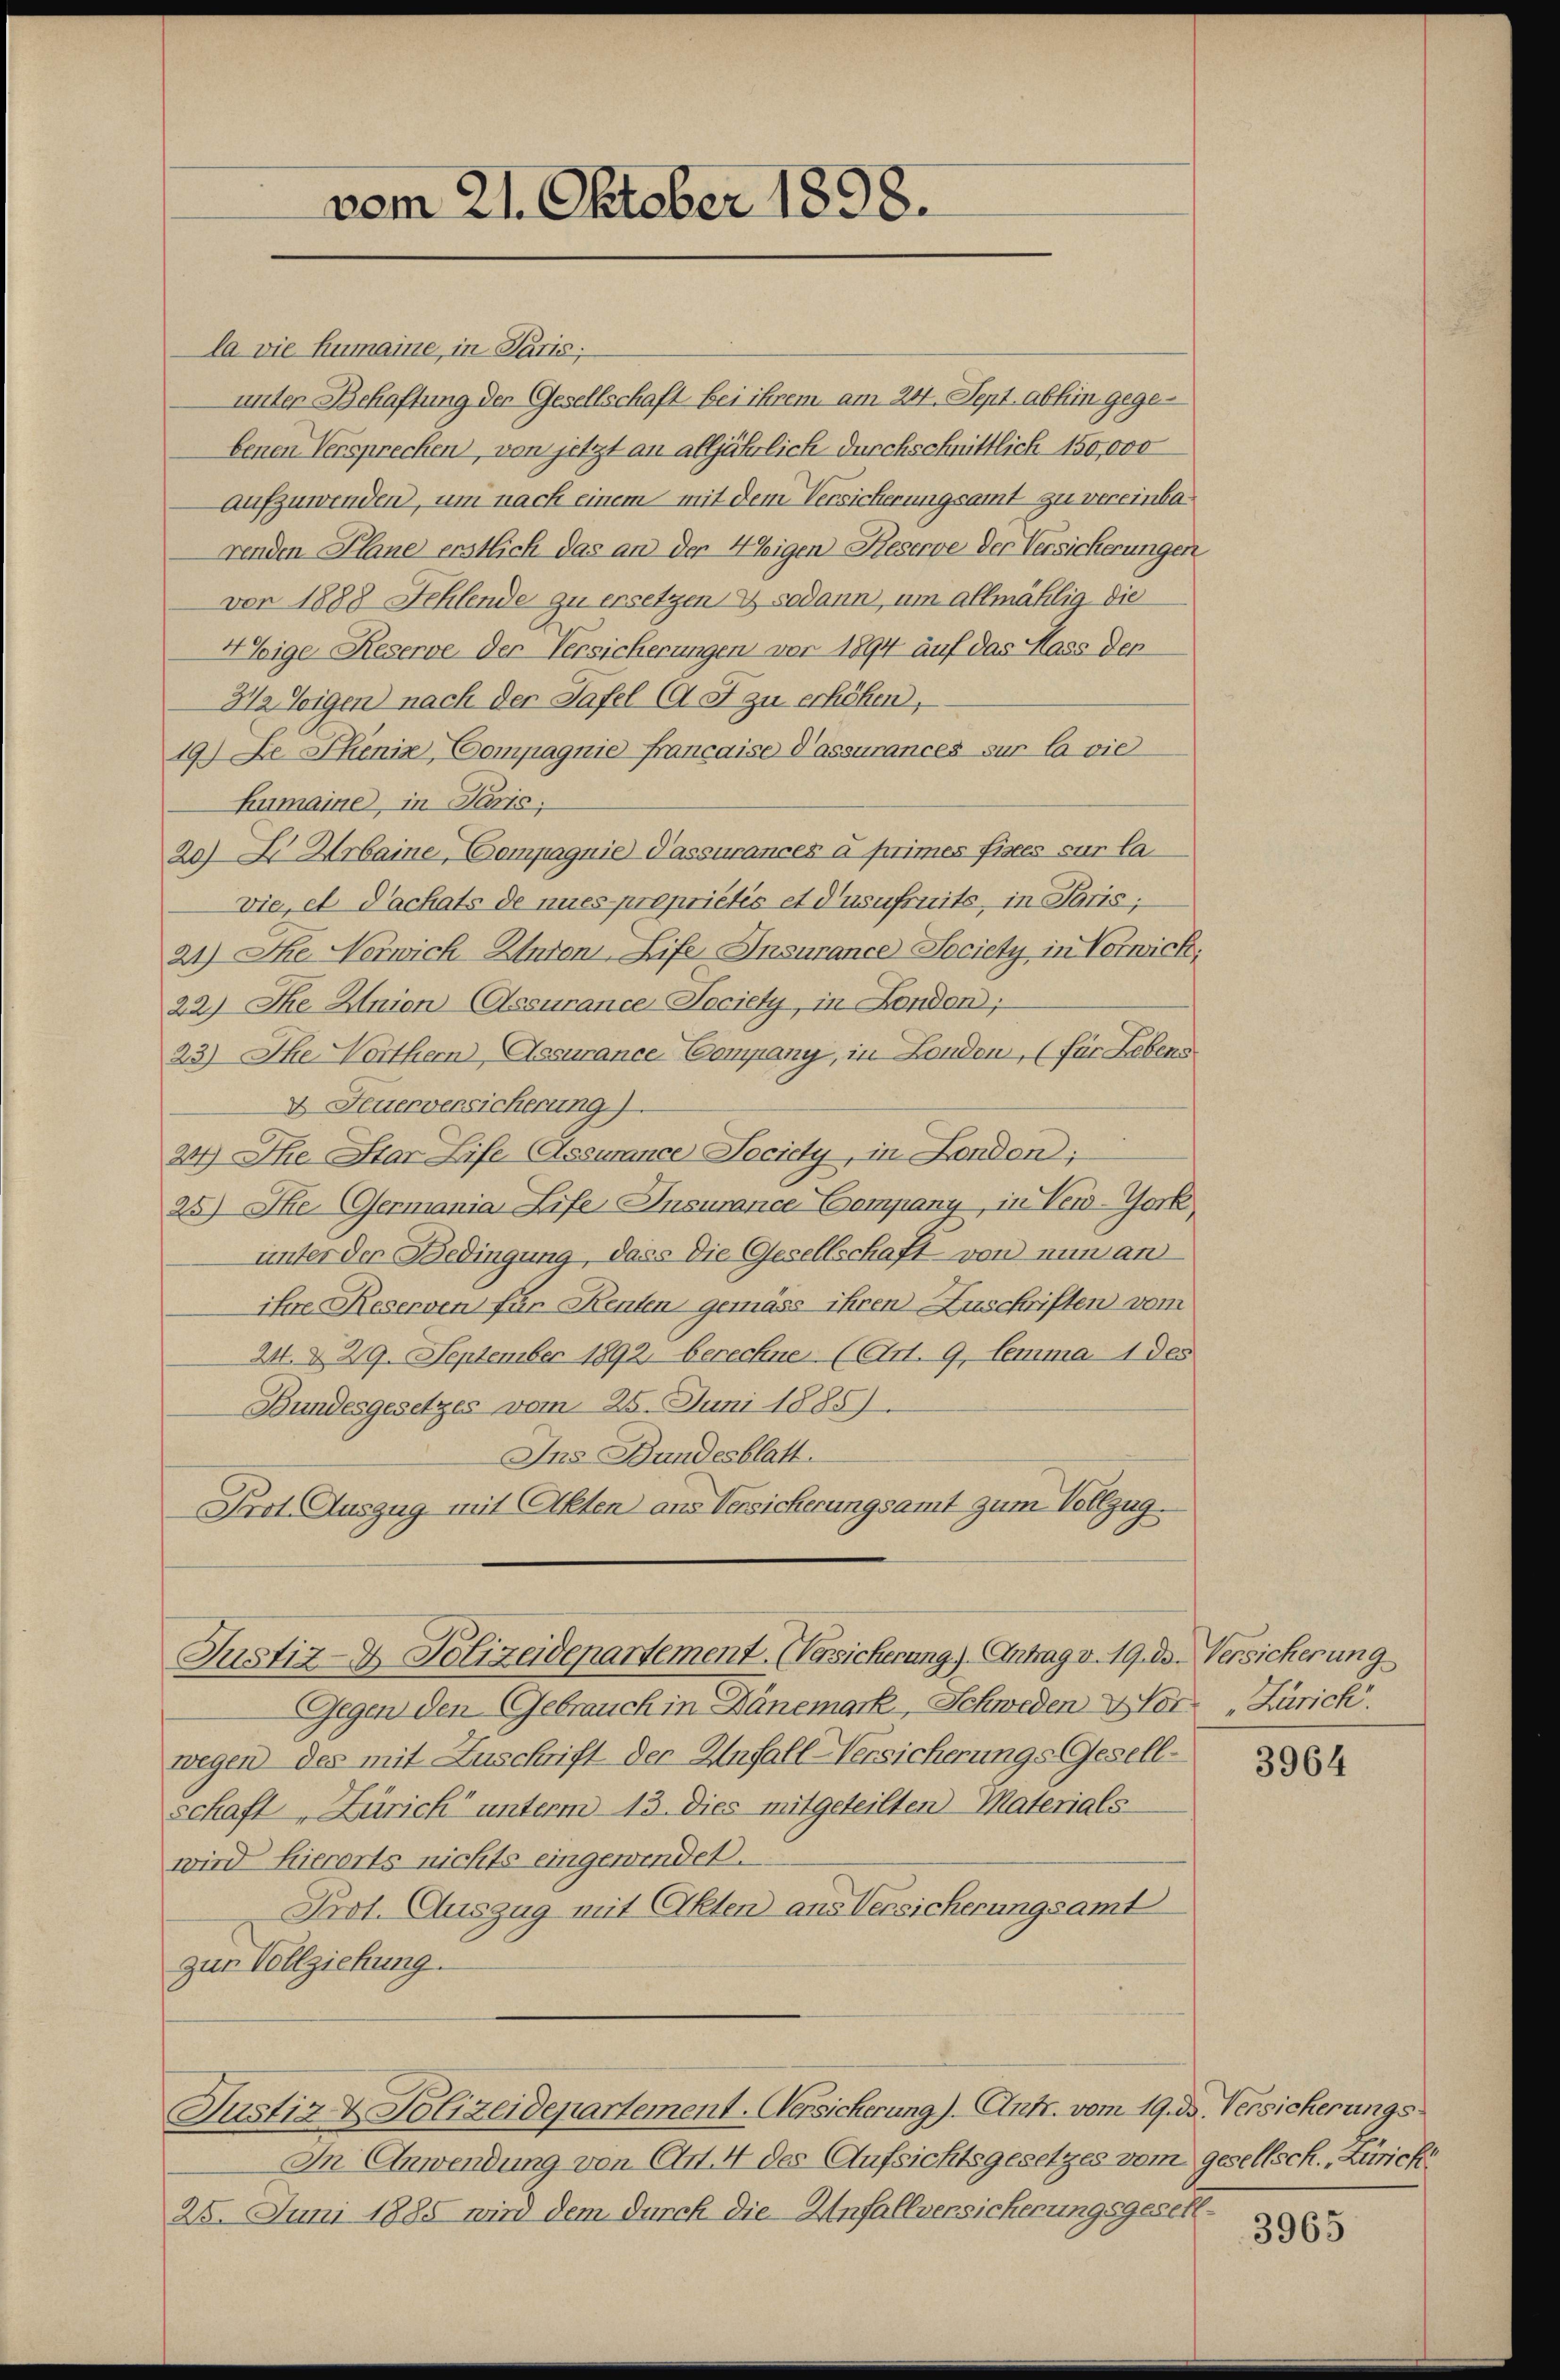
vom 21. Oktober 1898.

la die Humaine, in Paris;
unter Behaftung der Gesellschaft bei ihrem am 24. Sept. abhin gegebenen Versprechen, von jetzt an alljährlich durchschnittlich 150,000
Aufzuwenden, um nach einem mit dem Versicherungsamt zu vereinba-
renden Plane erstlich das an der Weigen Kieserve der Versicherungen
von 1888 Fehlende zu ersetzen & sodann, um allmählig die
Weige Reserve der Versicherungen vor 1894 auf das Hass den
82 Toigen nach der Tafel (A. F. zu erhöhen,
19.) Le Ihenia, Compagnie française d’assurances sur la viel
Lumaine, in Paris;
20) S. Urbaine, Compagnie Passurancer à primes fisces sur la-
vie, et Dachats de nues propriétés et d’usufruits, in Paris;
21) Ehe Norwich Antons, Life Insurance Society in Vorwick,
22) Die Union Assurance-Tociety, in London;
23.) Ihe Worthern, Assurance Company, in London, (für Lebens
D Feuerversicherung)
24) Ihe Star Life Assurance Society, in London;
25) Ihe. Germania Life Insurance Company, in Ver-York,
unter der Bedingung, dass die Gesellschaft von nun an
ihre Reserven für Renten gemäss ihren Zuschriften vom
24. d. 29. September 1892. berechne (Art. 9, lemma 1 des
Bundesgesetzes vom 25. Juni 18851.
Ins Bundesblatt.
Prot. Auszug mit Akten aus Versicherungsamt zum Vollzug.
Justiz- & Polizeidepartement. Versicherung). Antrag v. 19. d. Versicherung
Gegen den Gebrauch in Dänemark, Schweden Herr Zürich.
wegen des mit Zuschrift der Unfall-Versicherungs-Gesellschaft, Zürich unterm 13. dies mitgeteilten Materials-
wird hierorts nichts eingewindet.
Prot. Auszug mit Akten aus Versicherungsamt
zur Vollziehung.
Justiz & Polizeidepartement. Versicherung). Ant. vom 19. ds. Versicherungs
In Anwendung von Clit. 4 des Aufsichtsgesetzes vom gesellsch., Zürich
25. Juni 1885 wird dem durch die Unfallversicherungsgesell¬

3964

3965